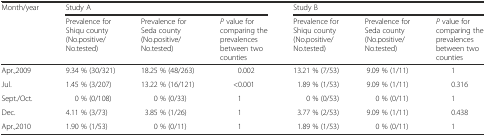
| <ROWSPAN=2> Month/year | <COLSPAN=3> Study A | <COLSPAN=3> Study B |
 | Prevalence for Shiqu county (No.positive/No.tested) | Prevalence for Seda county (No.positive/No.tested) | P value for comparing the prevalences between two counties | Prevalence for Shiqu county (No.positive/No.tested) | Prevalence for Seda county (No.positive/No.tested) | P value for comparing the prevalences between two counties |
 | --- | --- | --- | --- | --- | --- | --- |
 | Apr.,2009 | 9.34 % (30/321) | 18.25 % (48/263) | 0.002 | 13.21 % (7/53) | 9.09 % (1/11) | 1 |
 | Jul. | 1.45 % (3/207) | 13.22 % (16/121) | <0.001 | 1.89 % (1/53) | 9.09 % (1/11) | 0.316 |
 | Sept./Oct. | 0 % (0/108) | 0 % (0/33) | 1 | 0 % (0/53) | 0 % (0/11) | 1 |
 | Dec. | 4.11 % (3/73) | 3.85 % (1/26) | 1 | 3.77 % (2/53) | 9.09 % (1/11) | 0.438 |
 | Apr.,2010 | 1.90 % (1/53) | 0 % (0/11) | 1 | 1.89 % (1/53) | 0 % (0/11) | 1 |